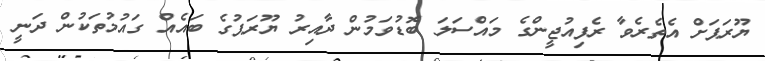
ޔޫރަޕަށް އެތެރެވާ ރެފިއުޖީންގެ މައްސަލަ ބޮޑުވަމުން ދާއިރު ޔޫރަޕުގެ ބައެއް ގައުމުތަކުން ދަނީ